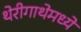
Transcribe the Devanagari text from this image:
थेरीगाथेमध्ये